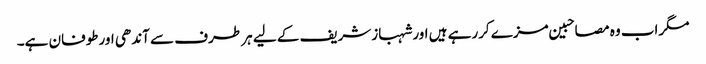
مگراب وہ مصاحبین مزے کررہے ہیں اورشہبازشریف کے لیے ہر طرف سے آندھی اورطوفان ہے۔